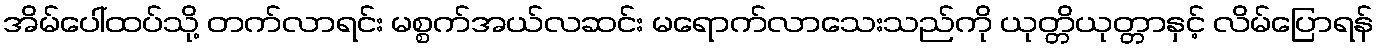
အိမ်ပေါ်ထပ်သို့ တက်လာရင်း မစ္စက်အယ်လဆင်း မရောက်လာသေးသည်ကို ယုတ္တိယုတ္တာနှင့် လိမ်ပြောရန်